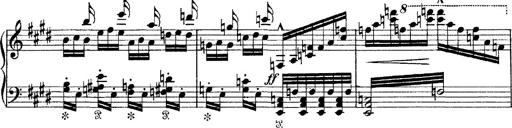
Title: Tarantelle di bravura dâ€™aprÃ¨s la tarantelle de La muette de Portici
Composer: Franz Liszt